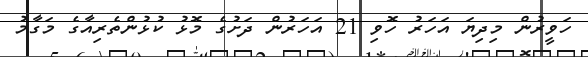
ހަވީރުން މިދިޔަ އަހަރު ހޮވި 21 އަހަރުން ދަށުގެ މޮޅު ކުޅުންތެރިއާގެ މަގާމު